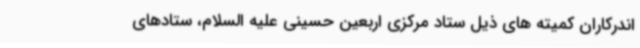
اندرکاران کمیته های ذیل ستاد مرکزی اربعین حسینی علیه السلام، ستادهای